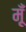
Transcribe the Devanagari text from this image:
मूँ